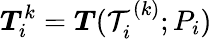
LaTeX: \boldsymbol{T}_{i}^{k}=\boldsymbol{T}(\mathcal{T}_{i}^{(k)};P_{i})